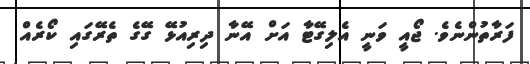
ފަރާތުންނެވެ. ޖޯއީ ވަނީ އެލިގޭޓާ އަށް އޭނާ ދިރިއުޅޭ ގޭގެ ތެރޭގައި ކޯރެއް